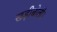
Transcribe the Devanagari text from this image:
खड़ीबोली।